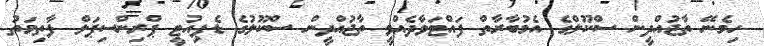
ހިމެނޭ ތާޖުއްދީން ސްކޫލްގެ އެމުބާރާތް ފައްޓަވާދެއްވީ ތާޖުއްދީން ސްކޫލުގެ ޑެޕިއުޓީ ޕްރިންސިޕަލް ފާތިމަތު